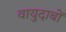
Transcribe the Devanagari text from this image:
वायुदाबों